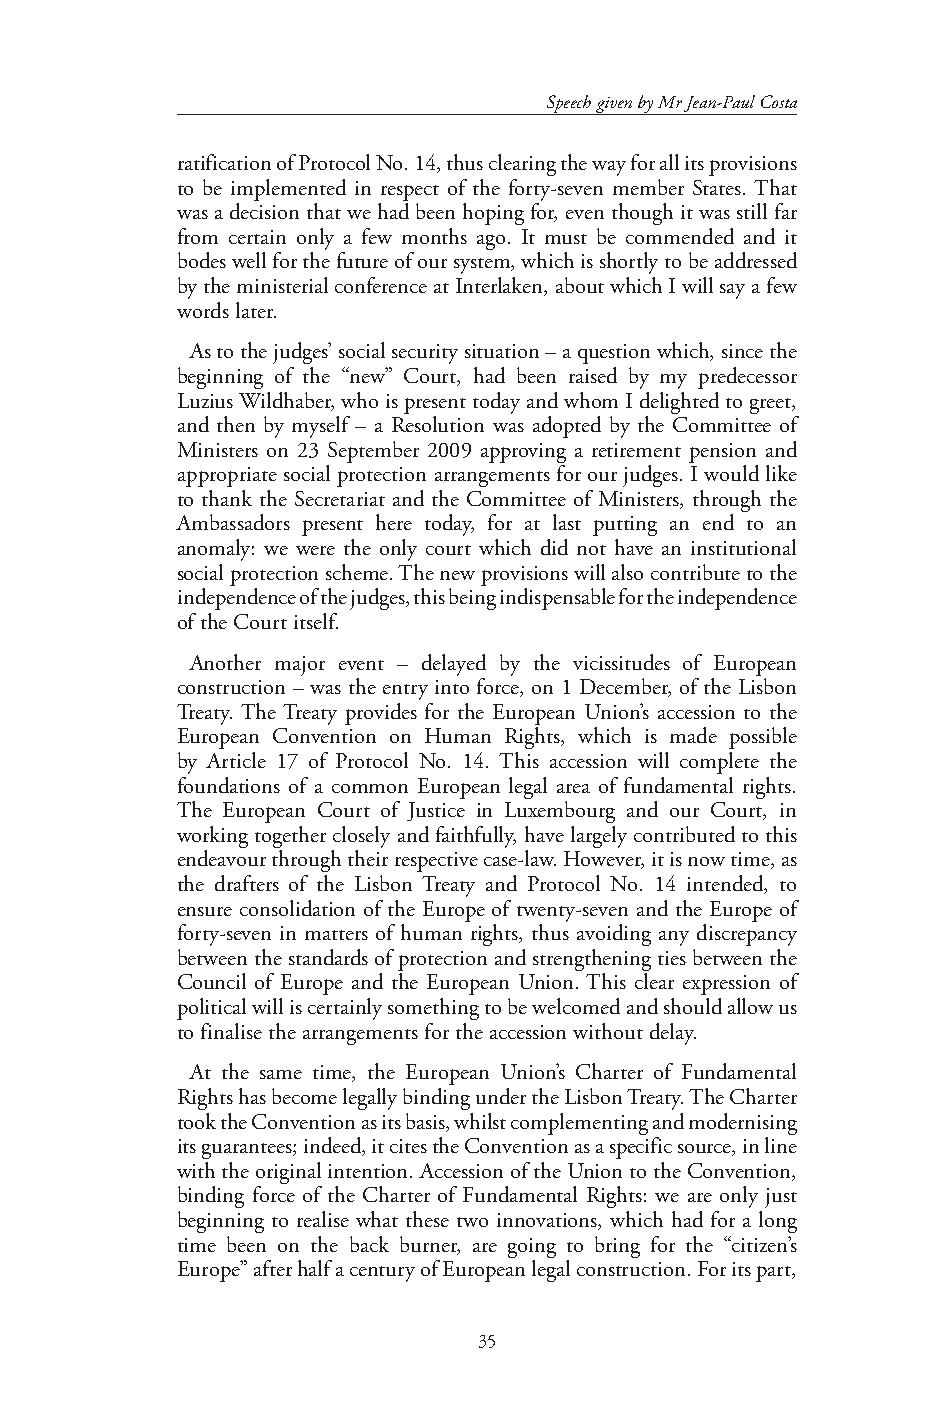
Speech given by Mr Jean-Paul Costa
 ratification of Protocol No. 14, thus clearing the way for all its provisions
 to be implemented in respect of the forty-seven member States. That
 was a decision that we had been hoping for, even though it was still far
 from certain only a few months ago. It must be commended and it
 bodes well for the future of our system, which is shortly to be addressed
 by the ministerial conference at Interlaken, about which I will say a few
 words later.
 As to the judges’ social security situation – a question which, since the
 beginning of the “new” Court, had been raised by my predecessor
 Luzius Wildhaber, who is present today and whom I delighted to greet,
 and then by myself – a Resolution was adopted by the Committee of
 Ministers on 23 September 2009 approving a retirement pension and
 appropriate social protection arrangements for our judges. I would like
 to thank the Secretariat and the Committee of Ministers, through the
 Ambassadors present here today, for at last putting an end to an
 anomaly: we were the only court which did not have an institutional
 social protection scheme. The new provisions will also contribute to the
 independence of the judges, this being indispensable for the independence
 of the Court itself.
 Another major event – delayed by the vicissitudes of European
 construction – was the entry into force, on 1 December, of the Lisbon
 Treaty. The Treaty provides for the European Union’s accession to the
 European Convention on Human Rights, which is made possible
 by Article 17 of Protocol No. 14. This accession will complete the
 foundations of a common European legal area of fundamental rights.
 The European Court of Justice in Luxembourg and our Court, in
 working together closely and faithfully, have largely contributed to this
 endeavour through their respective case-law. However, it is now time, as
 the drafters of the Lisbon Treaty and Protocol No. 14 intended, to
 ensure consolidation of the Europe of twenty-seven and the Europe of
 forty-seven in matters of human rights, thus avoiding any discrepancy
 between the standards of protection and strengthening ties between the
 Council of Europe and the European Union. This clear expression of
 political will is certainly something to be welcomed and should allow us
 to finalise the arrangements for the accession without delay.
 At the same time, the European Union’s Charter of Fundamental
 Rights has become legally binding under the Lisbon Treaty. The Charter
 took the Convention as its basis, whilst complementing and modernising
 its guarantees; indeed, it cites the Convention as a specific source, in line
 with the original intention. Accession of the Union to the Convention,
 binding force of the Charter of Fundamental Rights: we are only just
 beginning to realise what these two innovations, which had for a long
 time been on the back burner, are going to bring for the “citizen’s
 Europe” after half a century of European legal construction. For its part,
 35